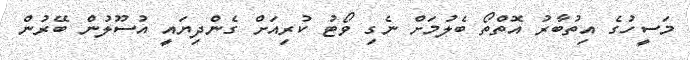
މަސީހުގެ އިތުބާރު އޮތްތޯ ބެލުމަށް ނެގި ވޯޓު ކުރިއަށް ގެންދިޔައީ އުސޫލުން ބޭރުން